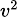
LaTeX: \scriptstyle v^{2}